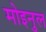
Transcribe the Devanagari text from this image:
मोइनुल